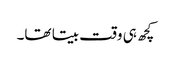
کچھ ہی وقت بیتا تھا۔